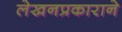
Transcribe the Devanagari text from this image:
लेखनप्रकाराने